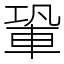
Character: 䡗